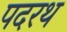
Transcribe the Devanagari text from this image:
पदरथ